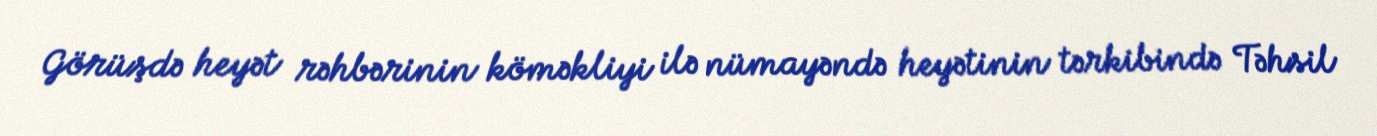
Görüşdə heyət rəhbərinin köməkliyi ilə nümayəndə heyətinin tərkibində Təhsil